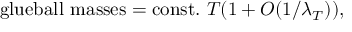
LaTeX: \mathrm { g l u e b a l l ~ m a s s e s = c o n s t . } ~ T ( 1 + O ( 1 / \lambda _ { T } ) ) ,